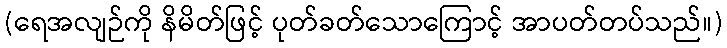
(ရေအလျဉ်ကို နိမိတ်ဖြင့် ပုတ်ခတ်သောကြောင့် အာပတ်တပ်သည်။)